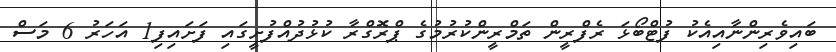
ބައިވެރިންނާއިއެކު ފުޓްބޯޅަ ރެފްރީން ތަމްރީންކުރުމުގެ ޕްރޮގްރާ ކުޅުދުއްފުށީގައި ފަށައިފި1 އަހަރު 6 މަސް